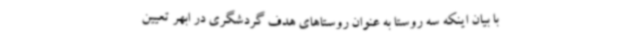
با بیان اینکه سه روستا به عنوان روستاهای هدف گردشگری در ابهر تعیین